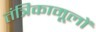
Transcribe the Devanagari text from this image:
तंत्रिकामूलों